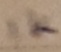
Text: 1K